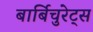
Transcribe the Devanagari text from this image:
बार्बिचुरेट्स